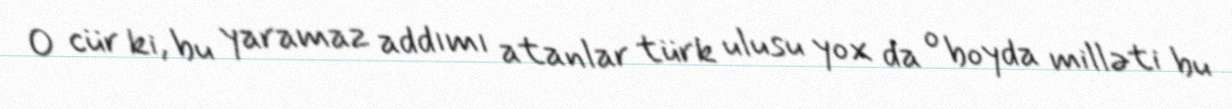
O cür ki, bu yaramaz addımı atanlar türk ulusu yox da o boyda milləti bu